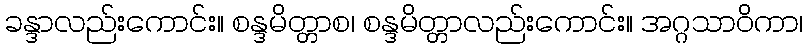
ခန္ဒာလည်းကောင်း။ စန္ဒမိတ္တာစ၊ စန္ဒမိတ္တာလည်းကောင်း။ အဂ္ဂသာဝိကာ၊